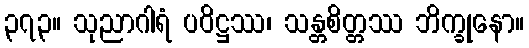
၃၇၃။ သုညာဂါရံ ပဝိဋ္ဌဿ၊ သန္တစိတ္တဿ ဘိက္ခုနော။